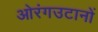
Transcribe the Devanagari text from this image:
ओरंगउटानों